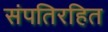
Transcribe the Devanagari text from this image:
संपतिरहित